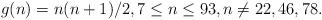
LaTeX: \begin{align*} &g(n)=n(n+1)/2, 7\le n\le 93,n\ne 22,46,78. \end{align*}